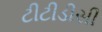
ટીટીડીસી